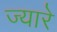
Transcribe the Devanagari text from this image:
ज्यारे